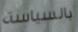
بالسياسة